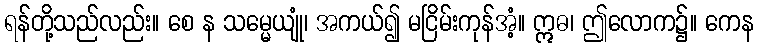
ရန်တို့သည်လည်း။ စေ န သမ္မေယျုံ၊ အကယ်၍ မငြိမ်းကုန်အံ့။ ဣဓ၊ ဤလောက၌။ ကေန